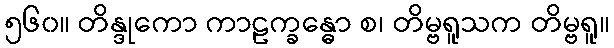
၅၆၀။ တိန္ဒုကော ကာဠက္ခန္ဓော စ၊ တိမ္ဗရူသက တိမ္ဗရူ။